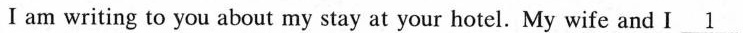
I am writing to you about my stay at your hotel. My wife and I\underline{1}